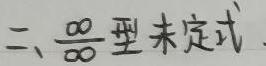
二、$\frac{\infty}{\infty}$型未定式.